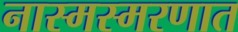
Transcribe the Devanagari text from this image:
नास्मस्मरणात